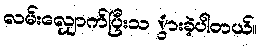
လမ်းလျှောက်ပြီးသ ွားခဲ့ပါတယ်။